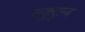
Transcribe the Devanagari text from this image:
सकुटुम्ब